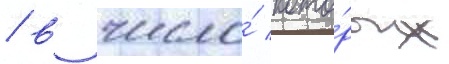
/ в число́ кото́рых